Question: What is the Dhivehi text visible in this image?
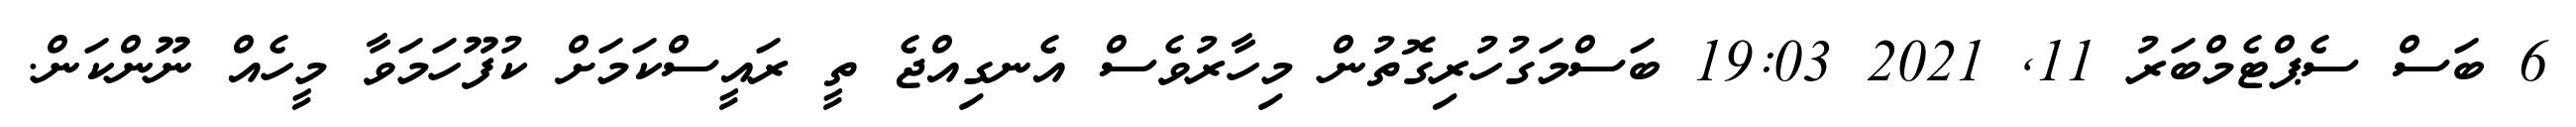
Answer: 6 ބަސް ސެޕްޓެމްބަރު 11, 2021 19:03 ބަސްމަގުހުރިގޮތުން މިހާރުވެސް އެނގިއްޖެ ތީ ރައީސްކަމަށް ކުފޫހަމަވާ މީހެއް ނޫންކަން.